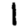
Digit: 1